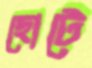
ছোটে